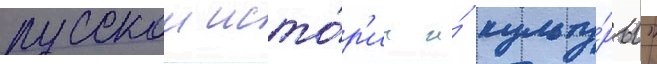
русскои исто́р'ии и́ культу́ры"